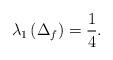
LaTeX: \begin{align*}\lambda _{1}\left( \Delta _{f}\right) =\frac{1}{4}. \end{align*}